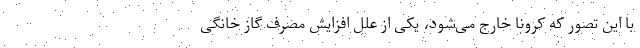
با این تصور که کرونا خارج می‌شود، یکی از علل افزایش مصرف گاز خانگی